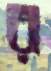
র